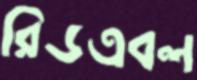
রিডএবল